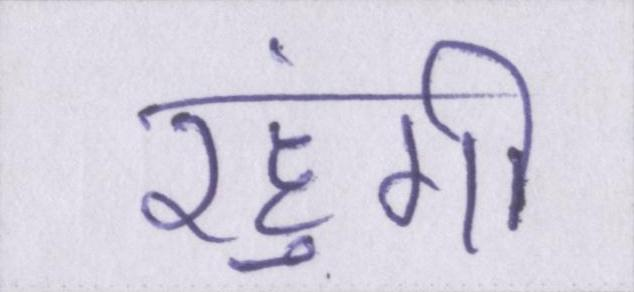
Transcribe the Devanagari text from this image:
रहुंगी